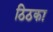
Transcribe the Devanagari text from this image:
ठिठका